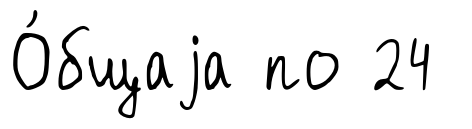
О́бщаjа по 24